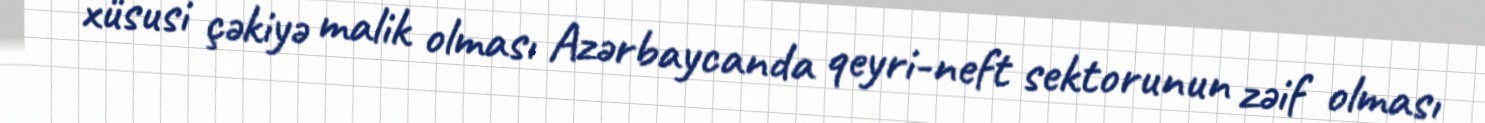
xüsusi çəkiyə malik olması Azərbaycanda qeyri-neft sektorunun zəif olması